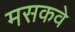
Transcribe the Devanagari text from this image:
मसकवे